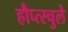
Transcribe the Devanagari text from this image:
हौप्त्स्चुले